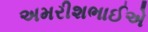
અમરીશભાઈએ